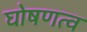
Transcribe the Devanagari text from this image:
घोषणत्व